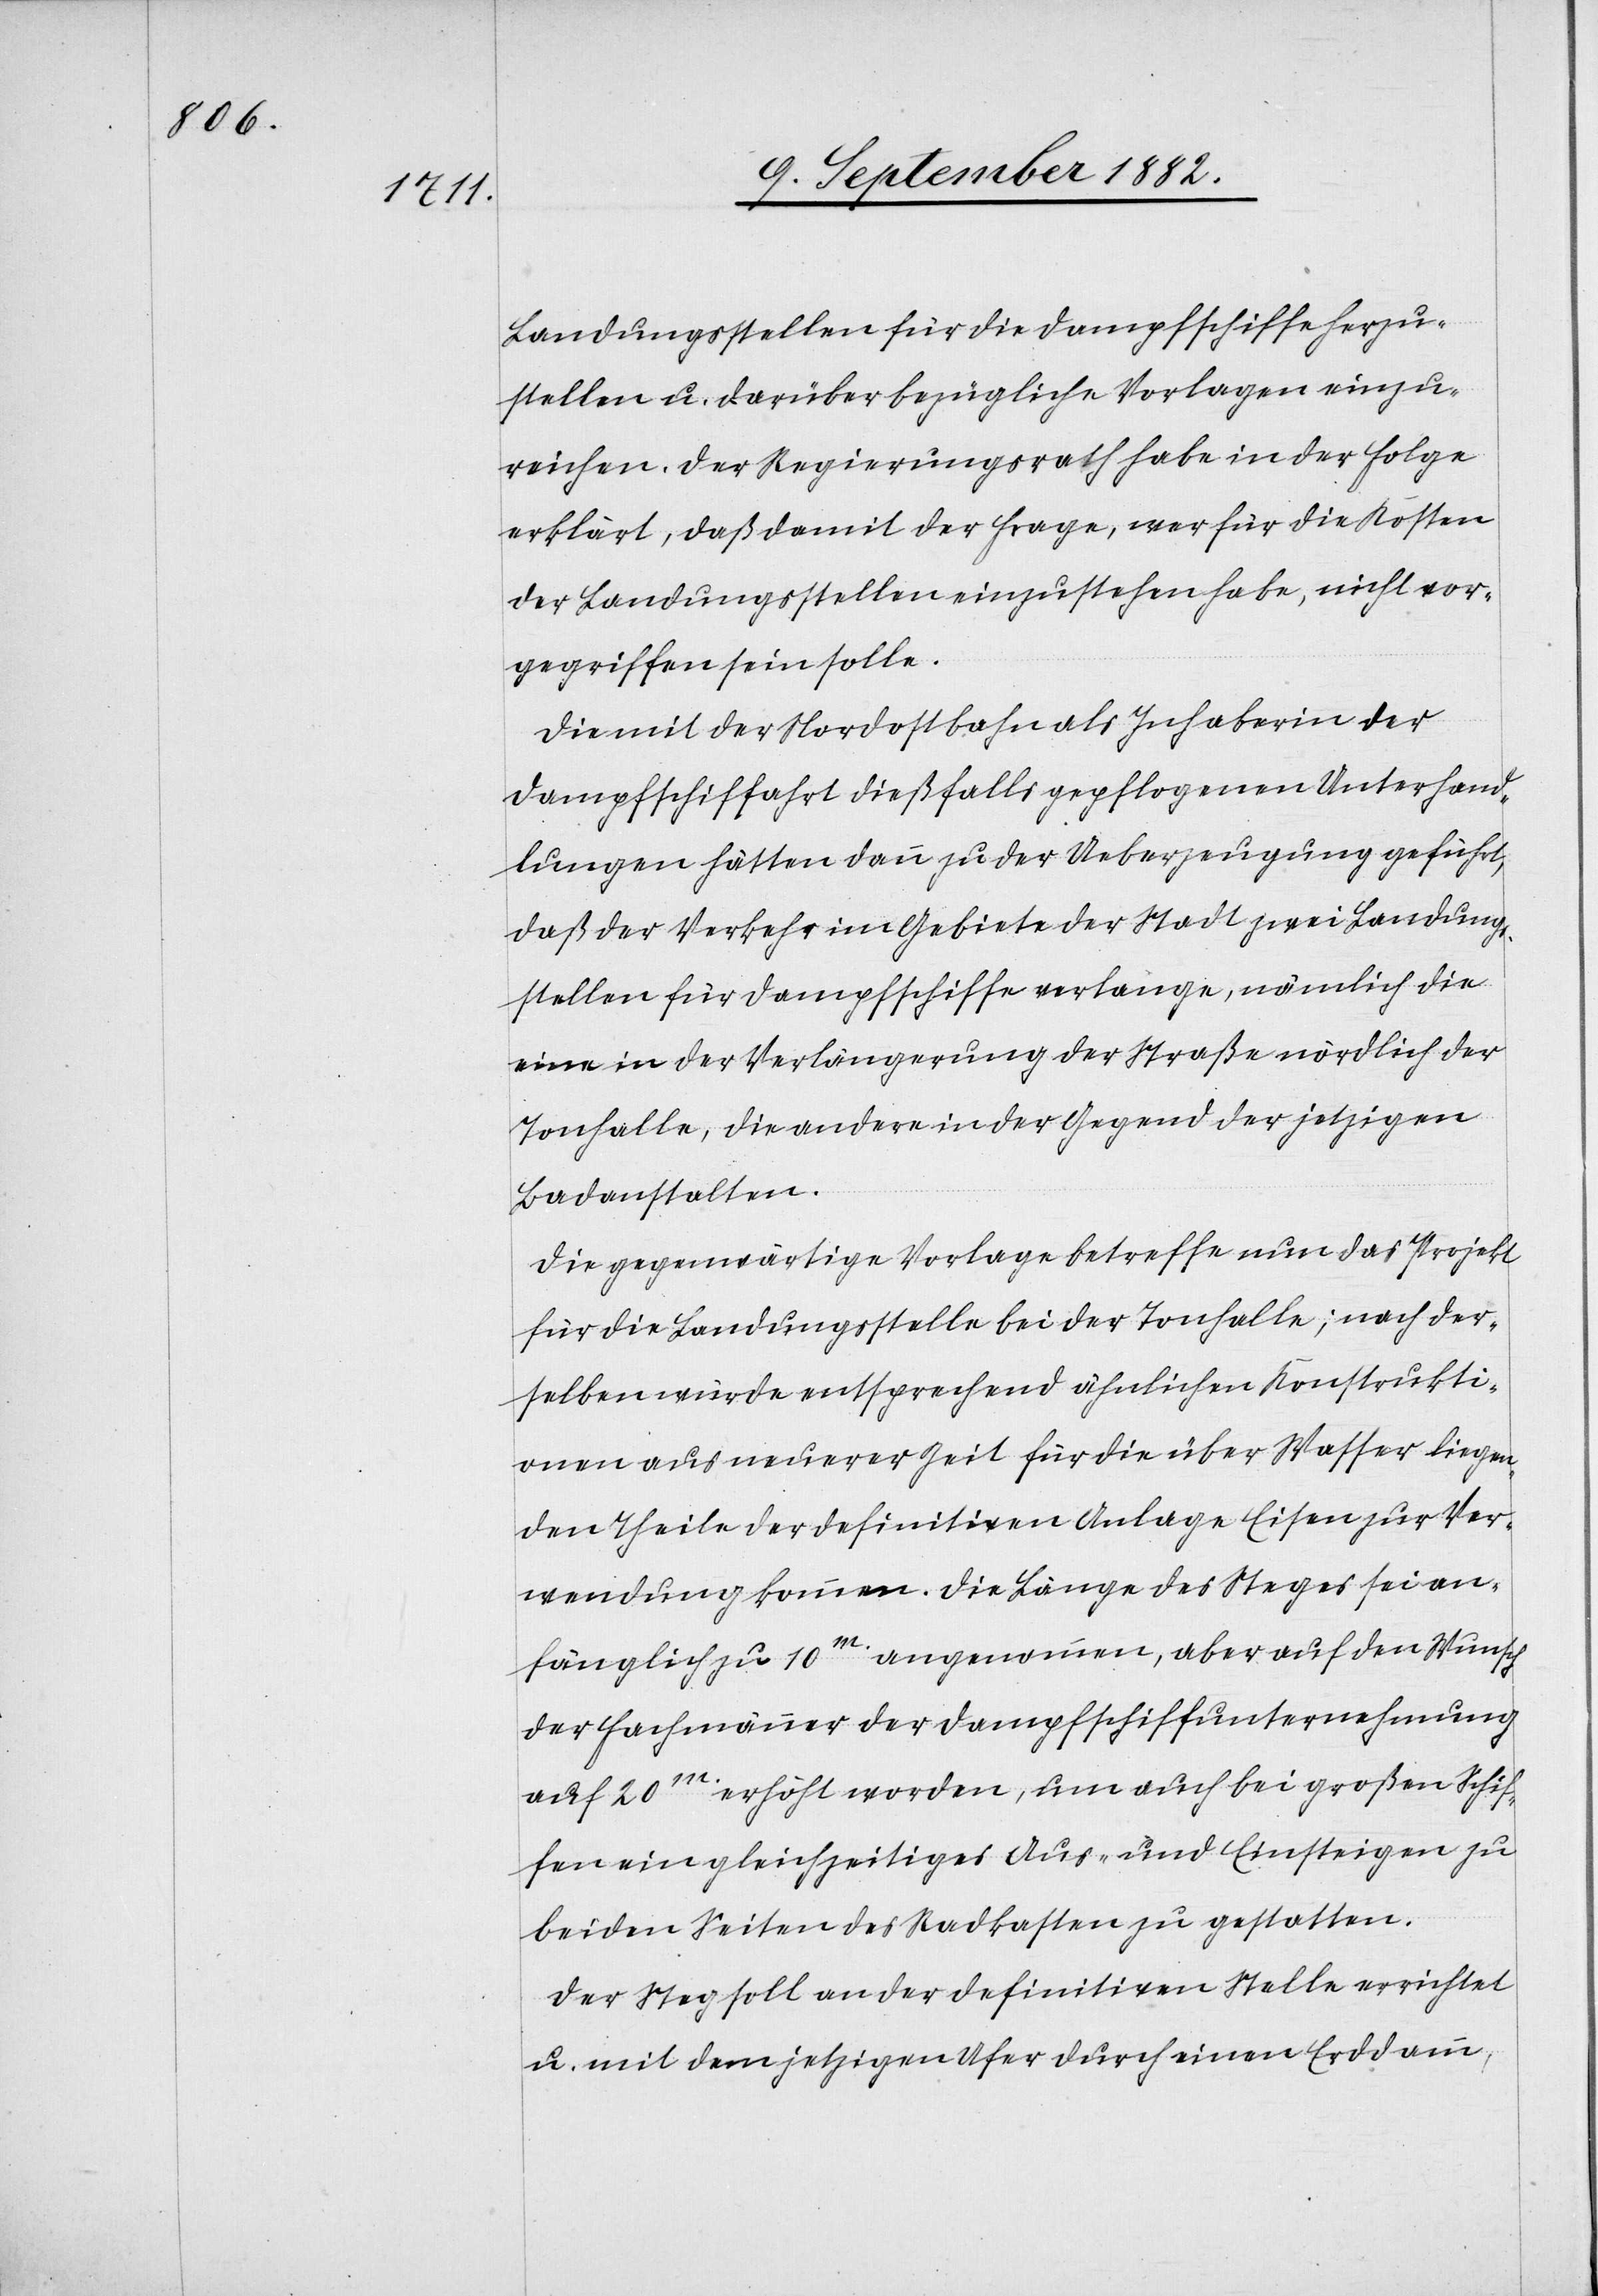
Landungsstellen für die Dampfschiffe herzu¬
stellen u. darüber bezügliche Vorlagen einzu¬
reichen. Der Regierungsrath habe in der Folge
erklärt, daß damit der Frage, wer für die Kosten
der Landungsstellen einzustehen habe, nicht vor¬
gegriffen sein solle.
Die mit der Nordostbahn als Inhaberin der
Dampfschiffahrt dießfalls gepflogenen Unterhand¬
lungen hätten dann zu der Ueberzeugung geführt,
daß der Verkehr im Gebiete der Stadt zwei Landungs¬
stellen für Dampfschiffe verlange, nämlich die
eine in der Verlängerung der Straße nördlich der
Tonhalle, die andere in der Gegend der jetzigen
Badanstalten.
Die gegenwärtige Vorlage betreffe nun das Projekt
für die Landungsstelle bei der Tonhalle; nach der¬
selben würde entsprechend ähnlichen Konstrukti¬
onen aus neuerer Zeit für die über Wasser liegen¬
den Theile der definitiven Anlage Eisen zu Ver¬
wendung kommen. Die Länge des Steges sei an¬
fänglich zu 10m. angenommen, aber auf den Wunsch
der Fachmänner der Dampfschiffunternehmung
auf 20m. erhöht worden, um auch bei großen Schif¬
fen ein gleichzeitiges Aus- und Einsteigen zu
beiden Seiten des Radkastens zu gestatten.
Der Steg soll an der definitiven Stelle errichtet
u. mit dem jetzigen Ufer durch einen Erddamm,